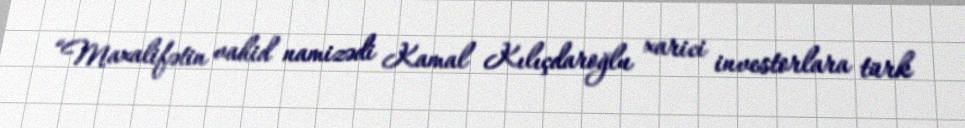
“Maxalifətin vahid namizədi Kamal Kılıçdaroğlu xarici investorlara türk